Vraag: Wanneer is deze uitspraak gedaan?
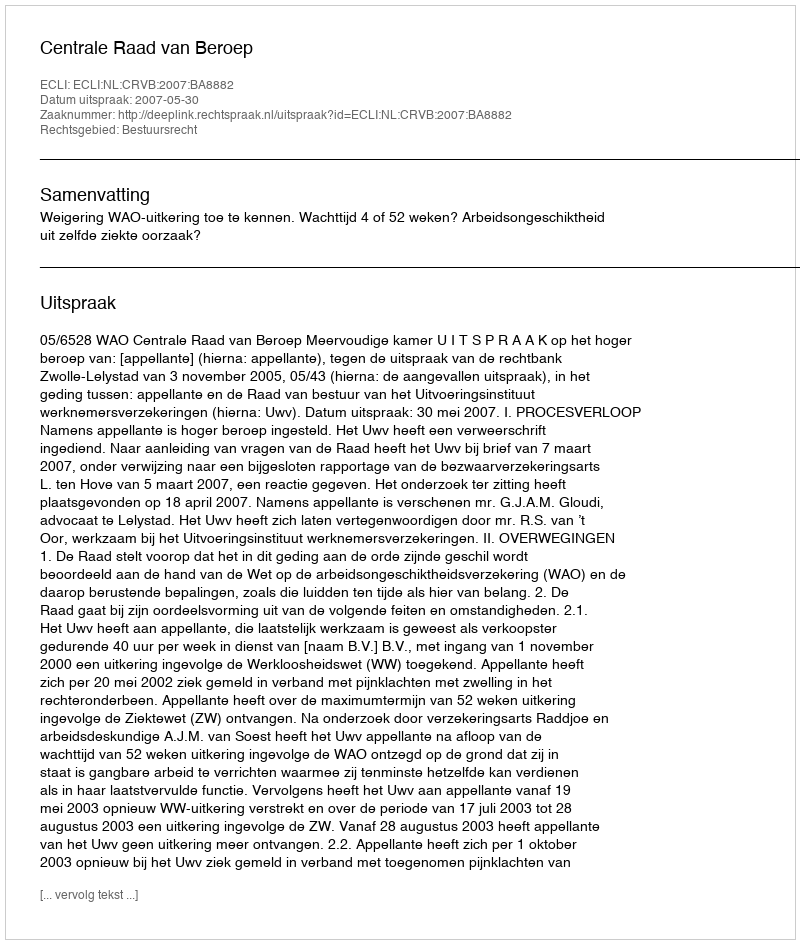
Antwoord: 2007-05-30